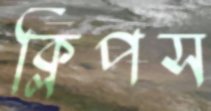
ক্লিপস